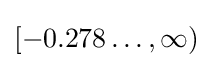
[-0.278\ldots ,\infty )